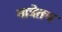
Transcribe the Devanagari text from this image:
मात्रेतच